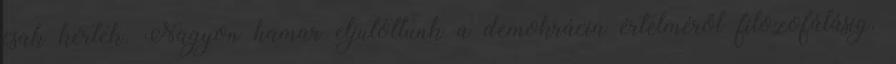
csak kértek. Nagyon hamar eljutottunk a demokrácia értelméről filozofálásig.